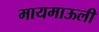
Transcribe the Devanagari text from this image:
मायमाऊली